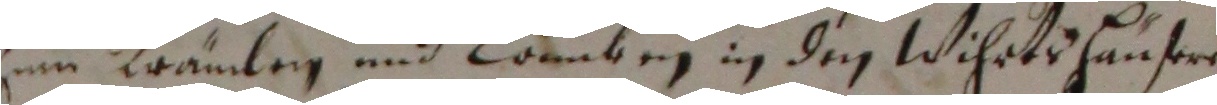
im tramlen und lömben in den wihrtshauseren